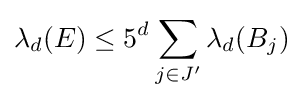
\lambda _{d}(E)\leq 5^{d}\sum _{j\in J'}\lambda _{d}(B_{j})